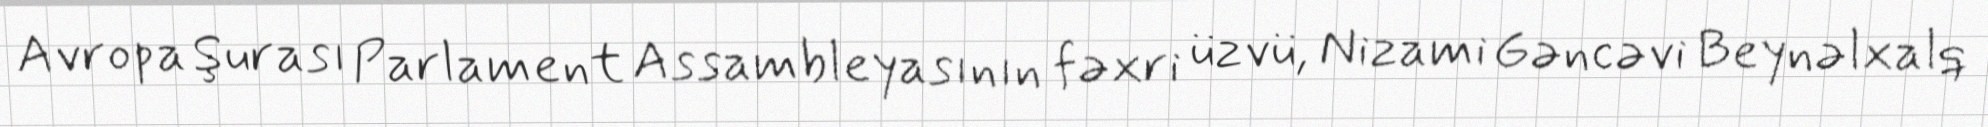
Avropa Şurası Parlament Assambleyasının fəxri üzvü, Nizami Gəncəvi Beynəlxalq